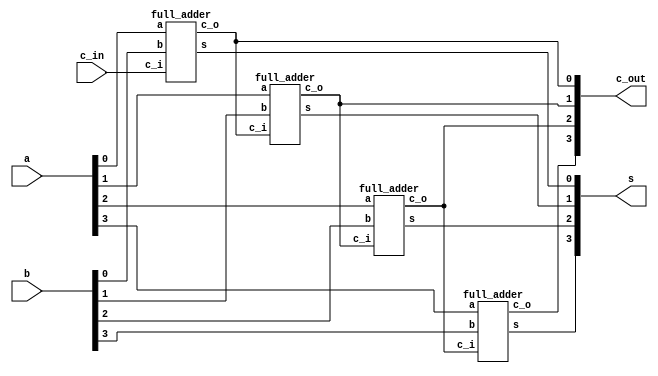
`timescale 1ns / 1ns // `timescale time_unit/time_precision

// carry ripple adder
module part2(a, b, c_in, s, c_out);
    input [3:0] a, b;
    input c_in;
    output [3:0] s, c_out;

    full_adder f0(.a(a[0]), .b(b[0]), .c_i(c_in),     .s(s[0]), .c_o(c_out[0]));   
    full_adder f1(.a(a[1]), .b(b[1]), .c_i(c_out[0]), .s(s[1]), .c_o(c_out[1]));
    full_adder f2(.a(a[2]), .b(b[2]), .c_i(c_out[1]), .s(s[2]), .c_o(c_out[2]));
    full_adder f3(.a(a[3]), .b(b[3]), .c_i(c_out[2]), .s(s[3]), .c_o(c_out[3]));
endmodule

// full adder
module full_adder(a, b, c_i, s, c_o);
    input a, b, c_i;
    output c_o, s;

    wire sel;

    assign sel = a^b;
    assign s = sel^c_i;

    mux2to1 u1(.x(b), .y(c_i), .s(sel), .m(c_o));
endmodule

// 2 to 1 multiplexer
module mux2to1(x, y, s, m);
    input x; //select 0
    input y; //select 1
    input s; //select signal
    output m; //output
  
    //assign m = s & y | ~s & x;
    // OR
    assign m = s ? y : x;

endmodule

// top level module
module ripple_carry_adder_4bit(SW, LEDR);
    input [9:0] SW;
    wire [3:0] carrys;
    output [9:0] LEDR;
       
    part2 u1(.a(SW[7:4]), .b(SW[3:0]), .c_in(SW[8]), .s(LEDR[3:0]), .c_out(carrys));
    assign LEDR[9] = carrys[3]; // display the carry bit from last full adder 
endmodule